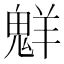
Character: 𫙊